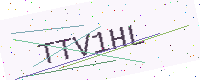
Text: TTV1HL